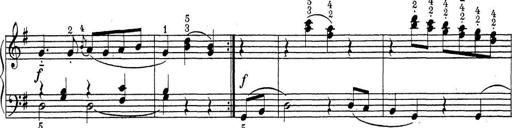
Title: ÄŒeskÃ© Sonatiny
Composer: Various